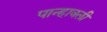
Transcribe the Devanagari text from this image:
पान्हावली